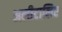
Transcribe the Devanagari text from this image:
अलीटालिए